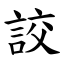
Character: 詨